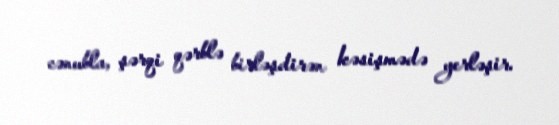
cənubla, şərqi qərblə birləşdirən kəsişmədə yerləşir.